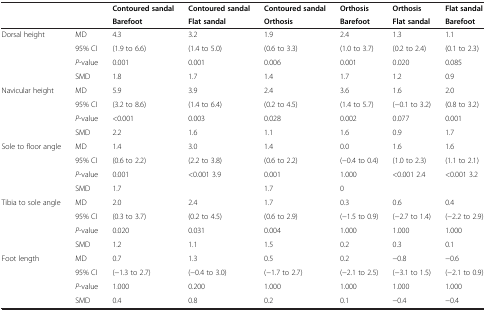
<table><thead><tr><td></td><td></td><td><b>Contoured sandal</b></td><td><b>Contoured sandal</b></td><td><b>Contoured sandal</b></td><td><b>Orthosis</b></td><td><b>Orthosis</b></td><td><b>Flat sandal</b></td></tr><tr><td></td><td></td><td><b>Barefoot</b></td><td><b>Flat sandal</b></td><td><b>Orthosis</b></td><td><b>Barefoot</b></td><td><b>Flat sandal</b></td><td><b>Barefoot</b></td></tr></thead><tbody><tr><td rowspan="4">Dorsal height</td><td>MD</td><td>4.3</td><td>3.2</td><td>1.9</td><td>2.4</td><td>1.3</td><td>1.1</td></tr><tr><td>95% CI</td><td>(1.9 to 6.6)</td><td>(1.4 to 5.0)</td><td>(0.6 to 3.3)</td><td>(1.0 to 3.7)</td><td>(0.2 to 2.4)</td><td>(0.1 to 2.3)</td></tr><tr><td><i>P</i>-value</td><td>0.001</td><td>0.001</td><td>0.006</td><td>0.001</td><td>0.020</td><td>0.085</td></tr><tr><td>SMD</td><td>1.8</td><td>1.7</td><td>1.4</td><td>1.7</td><td>1.2</td><td>0.9</td></tr><tr><td rowspan="4">Navicular height</td><td>MD</td><td>5.9</td><td>3.9</td><td>2.4</td><td>3.6</td><td>1.6</td><td>2.0</td></tr><tr><td>95% CI</td><td>(3.2 to 8.6)</td><td>(1.4 to 6.4)</td><td>(0.2 to 4.5)</td><td>(1.4 to 5.7)</td><td>(−0.1 to 3.2)</td><td>(0.8 to 3.2)</td></tr><tr><td><i>P</i>-value</td><td>&lt;0.001</td><td>0.003</td><td>0.028</td><td>0.002</td><td>0.077</td><td>0.001</td></tr><tr><td>SMD</td><td>2.2</td><td>1.6</td><td>1.1</td><td>1.6</td><td>0.9</td><td>1.7</td></tr><tr><td rowspan="4">Sole to floor angle</td><td>MD</td><td>1.4</td><td>3.0</td><td>1.4</td><td>0.0</td><td>1.6</td><td>1.6</td></tr><tr><td>95% CI</td><td>(0.6 to 2.2)</td><td>(2.2 to 3.8)</td><td>(0.6 to 2.2)</td><td>(−0.4 to 0.4)</td><td>(1.0 to 2.3)</td><td>(1.1 to 2.1)</td></tr><tr><td><i>P</i>-value</td><td>0.001</td><td>&lt;0.001 3.9</td><td>0.001</td><td>1.000</td><td>&lt;0.001 2.4</td><td>&lt;0.001 3.2</td></tr><tr><td>SMD</td><td>1.7</td><td></td><td>1.7</td><td>0</td><td></td><td></td></tr><tr><td rowspan="4">Tibia to sole angle</td><td>MD</td><td>2.0</td><td>2.4</td><td>1.7</td><td>0.3</td><td>0.6</td><td>0.4</td></tr><tr><td>95% CI</td><td>(0.3 to 3.7)</td><td>(0.2 to 4.5)</td><td>(0.6 to 2.9)</td><td>(−1.5 to 0.9)</td><td>(−2.7 to 1.4)</td><td>(−2.2 to 2.9)</td></tr><tr><td><i>P</i>-value</td><td>0.020</td><td>0.031</td><td>0.004</td><td>1.000</td><td>1.000</td><td>1.000</td></tr><tr><td>SMD</td><td>1.2</td><td>1.1</td><td>1.5</td><td>0.2</td><td>0.3</td><td>0.1</td></tr><tr><td rowspan="4">Foot length</td><td>MD</td><td>0.7</td><td>1.3</td><td>0.5</td><td>0.2</td><td>−0.8</td><td>−0.6</td></tr><tr><td>95% CI</td><td>(−1.3 to 2.7)</td><td>(−0.4 to 3.0)</td><td>(−1.7 to 2.7)</td><td>(−2.1 to 2.5)</td><td>(−3.1 to 1.5)</td><td>(−2.1 to 0.9)</td></tr><tr><td><i>P</i>-value</td><td>1.000</td><td>0.200</td><td>1.000</td><td>1.000</td><td>1.000</td><td>1.000</td></tr><tr><td>SMD</td><td>0.4</td><td>0.8</td><td>0.2</td><td>0.1</td><td>−0.4</td><td>−0.4</td></tr></tbody></table>